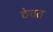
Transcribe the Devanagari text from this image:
ठेचत